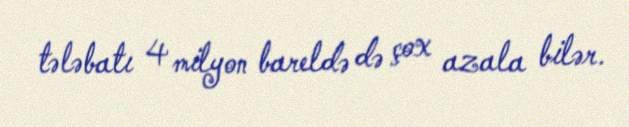
tələbatı 4 milyon bareldə də çox azala bilər.